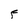
Character: F